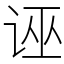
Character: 诬